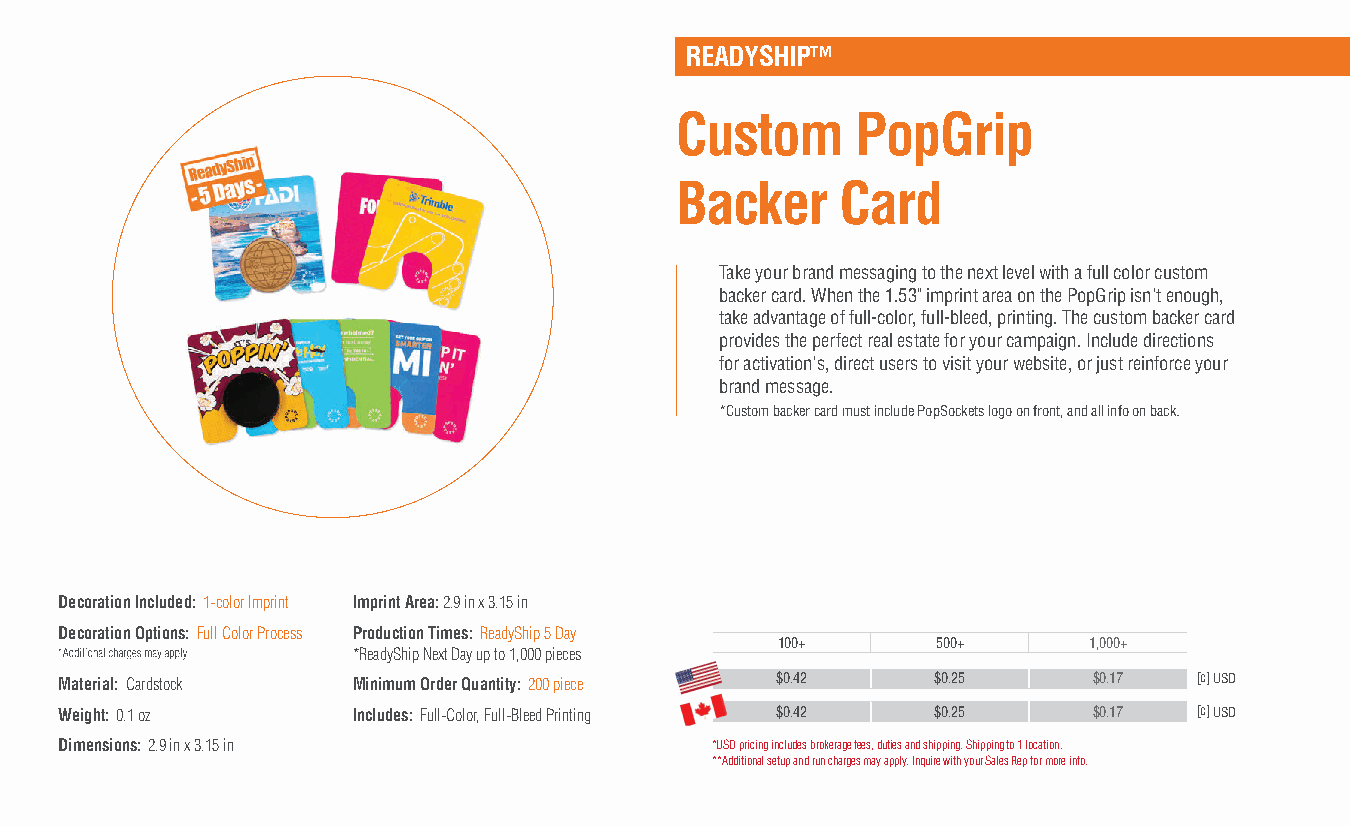
READYSHIP™
 Custom      PopGrip
 Backer     Card
 Take your brand messaging to the next level with a full color custom
 backer card. When the 1.53" imprint area on the PopGrip isn't enough,
 take advantage of full-color, full-bleed, printing. The custom backer card
 provides the perfect real estate for your campaign. Include directions
 for activation's, direct users to visit your website, or just reinforce your
 brand message.
 *Custom backer card must include PopSockets logo on front, and all info on back.
 Decoration Included: 1-color Imprint Imprint Area: 2.9 in x 3.15 in
 Decoration Options: Full Color Process Production Times: ReadyShip 5 Day
 100+      500+      1,000+
 *ReadyShip Next Day up to 1,000 pieces
 Material: Cardstock Minimum Order Quantity: 200 piece $0.42 $0.25   $0.17  [c] USD
 Weight: 0.1 oz     Includes: Full-Color, Full-Bleed Printing $0.42 $0.25 $0.17 [c] USD
 Dimensions: 2.9 in x 3.15 in               *USD pricing includes brokerage fees, duties and shipping. Shipping to 1 location.
 **Additional setup and run charges may apply. Inquire with your Sales Rep for more info.